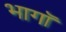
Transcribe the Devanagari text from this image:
भागॉ